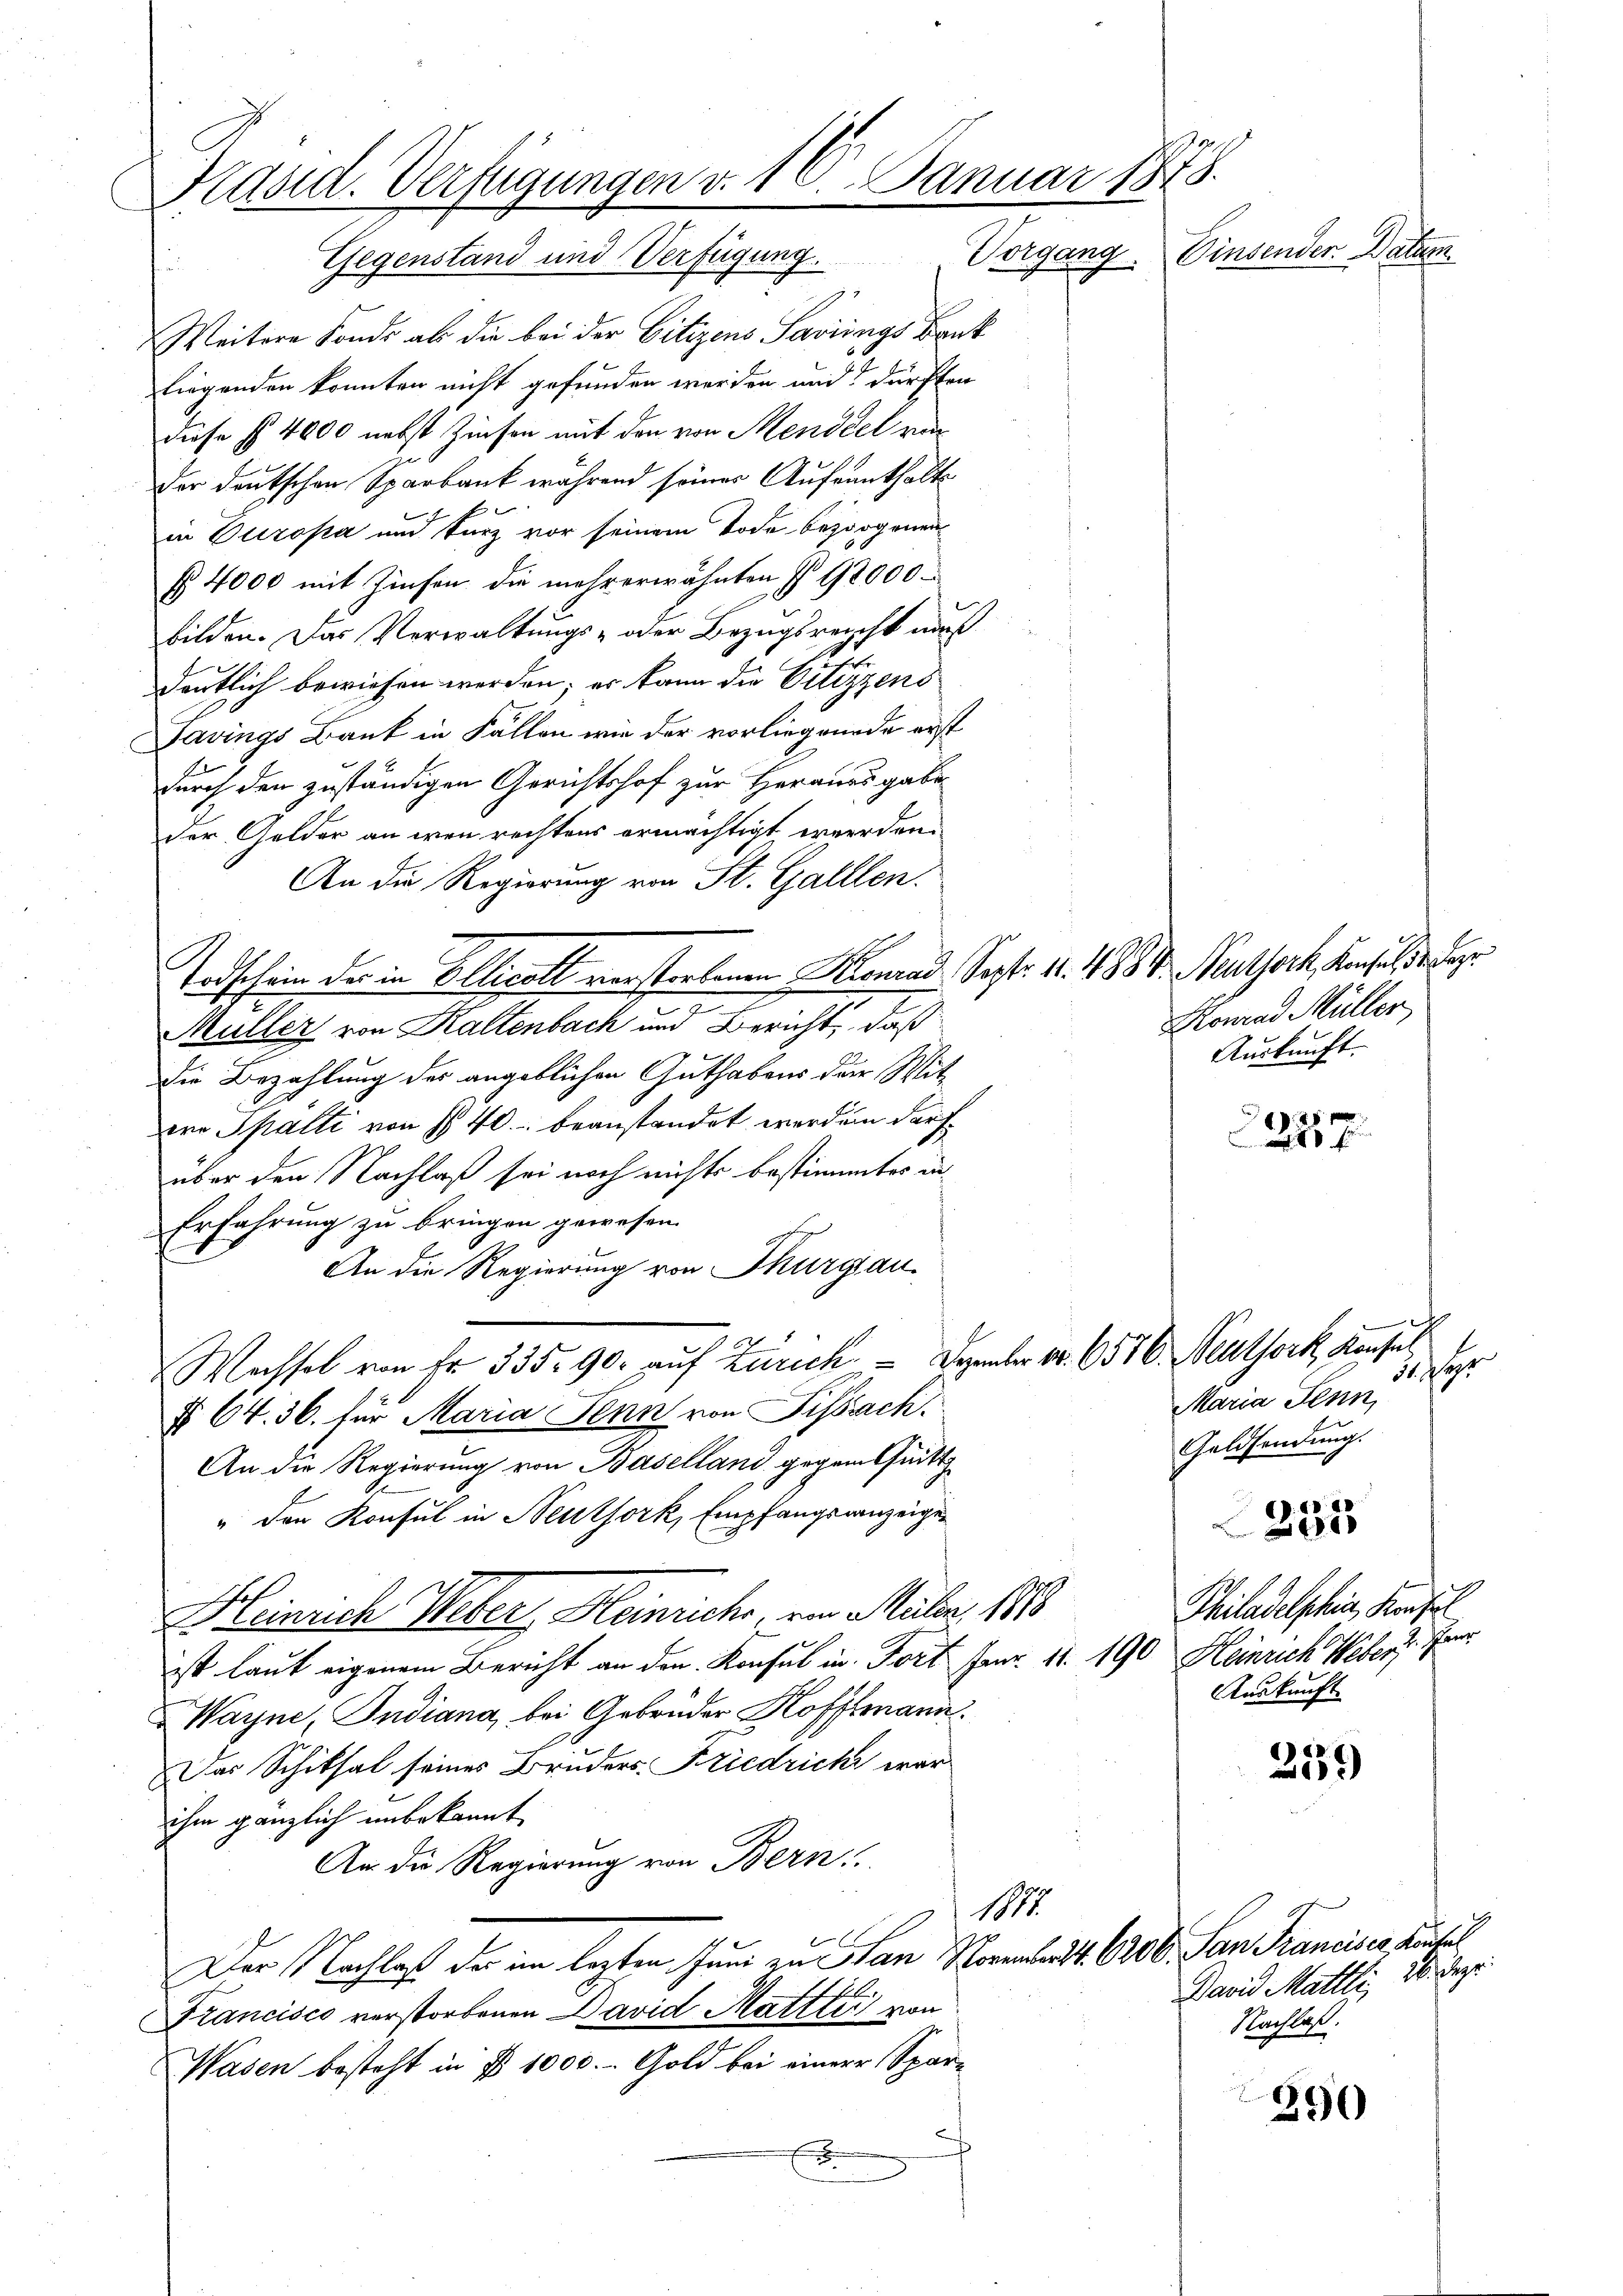
Präsid. Verfügungen v. 16. Januar 1878.
Einsender Datum.

Gegenstand und Verfügung. Vorgang
Weitere Fonds als die bei der Citizens Savings Bank
liegenden konnten nicht gefunden werden und dürften
diese f. 4000 nebst Zinsen mit den von Menddel ri
Der deutschen Sparbank während seines Aufrenthalt
in Europa und kurz vor seinem Tode bezogenen
§ 4000 mit Zinsen die mehrerwähnten § 92000.
bilden. Das Verwaltungs- oder Bezugsreicht auch
deutlich bewiesen werden; er kann die Citizzens
Savings Bank in Fällen wie der vorliegründe erst
durch den zuständigen Gerichtshof zur Heranes gabe
der Gelder an wenn rechtens ermächtigt werden.
An die Regierung von St. Galllen.
Todschein der in Olticoll verstorbenen Konrad Sept. 11. 488 V. Neuthorch Konsul
.
Müller von Kaltenbach und Bericht, daß
die Bezahlung des angeblichen Guthabens der Mit-
ere Spalti von § 40. beanstandet werden darf.
über den Nachlaß sei noch nichts bestimmtes in¬
Erfahrung zu bringen gewesen.
An die Regierung von Thurgau
.
Wechsel von Fr. 335. 90. auf Zürich. Dezember Nr. 6556. Neuthork, Konfel
§ 64. 36. für Maria Senn von Fissach
An die Regierung von Baselland gegen Quitt
" den Konsul in Neuthork, Empfangsanzeigen
Heinrich Weber, Heinrich, von Müler, 1888
ist laut eigenem Bericht an den Konsul in Fort Janr. 11. 190. Heinrich Weber Fra
Wayne, Indiana, bei Gebrüder Hoffmann.
Das Schiksal seines Bruders Friedricht war
ihm gänzlich unbekannt
An die Regierung von Bern
1015
Der Nachlaß der im lezten Juni zu an Sonnert. 6200. Jan. Franciser Ausl
L
Francisco verstorbenen David Mattter von
Wasen besteht in § 1000. - Gold bei einer Spar¬
.

Konrad Müller
Auskunft.

.
3
Maria Senn,
Geldsendung.

Philadelphi, Konsul
Auskunft

David Mattli, 26. Dez.
Nachlaß.

f 15 x
 f

335

259

390